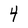
Character: 4